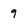
Character: 9